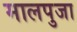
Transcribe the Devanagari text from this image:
मालपुजा